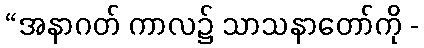
“အနာဂတ် ကာလ၌ သာသနာတော်ကို -